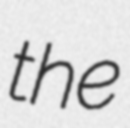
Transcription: the